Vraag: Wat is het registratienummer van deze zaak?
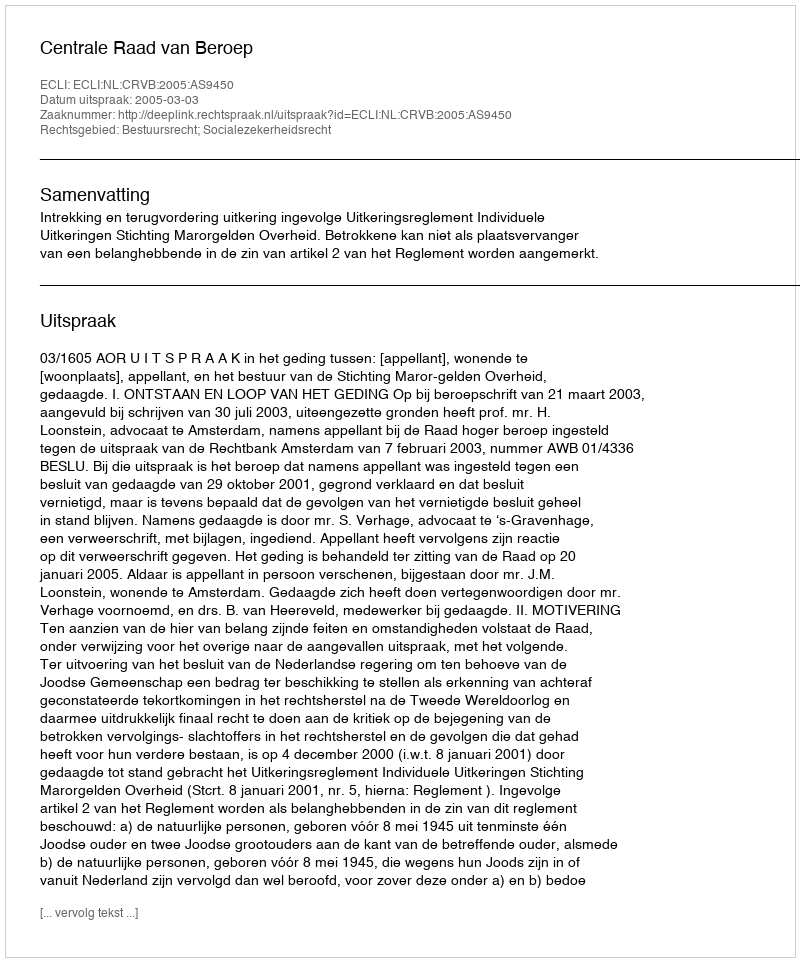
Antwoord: http://deeplink.rechtspraak.nl/uitspraak?id=ECLI:NL:CRVB:2005:AS9450